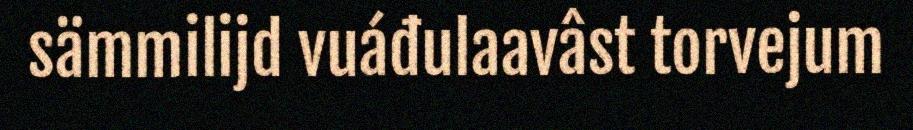
sämmilijd vuáđulaavâst torvejum